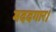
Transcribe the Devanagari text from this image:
मददगार।